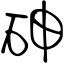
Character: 砷